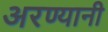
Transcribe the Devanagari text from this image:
अरण्यानी